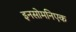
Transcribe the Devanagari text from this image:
इनसोमनिएक